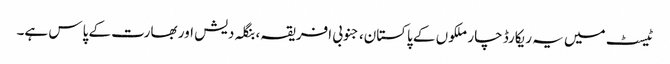
ٹیسٹ میں یہ ریکارڈ چار ملکوں کے پاکستان، جنوبی افریقہ، بنگلہ دیش اور بھارت کے پاس ہے۔